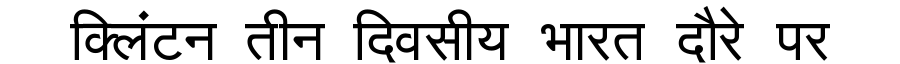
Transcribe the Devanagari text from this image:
क्लिंटन तीन दिवसीय भारत दौरे पर